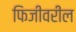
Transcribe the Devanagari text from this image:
फिजीवरील